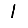
Digit: 1